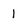
Character: 1